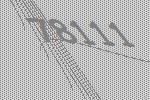
78111